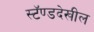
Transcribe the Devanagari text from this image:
स्टॅण्डदेखील